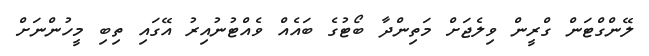
ލޭންގްޓަން ގްރީން ވިލެޖަށް މަތިންދާ ބޯޓުގެ ބައެއް ވެއްޓުނުއިރު އޭގައި ތިބި މީހުންނަށް